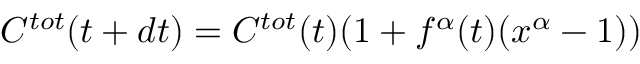
\begin{array} { r } { C ^ { t o t } ( t + d t ) = C ^ { t o t } ( t ) ( 1 + f ^ { \alpha } ( t ) ( x ^ { \alpha } - 1 ) ) } \end{array}